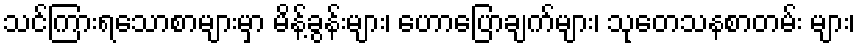
သင်ကြားရသောစာများမှာ မိန့်ခွန်းများ၊ ဟောပြောချက်များ၊ သုတေသနစာတမ်း များ၊